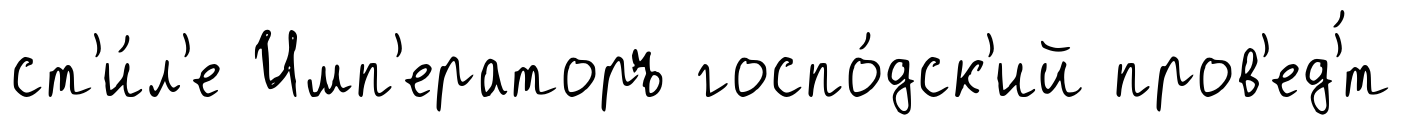
ст'и́л'е Имп'ераторъ госпо́дск'ий пров'ед'́т